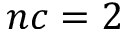
n c = 2